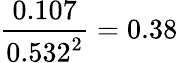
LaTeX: {\frac{0.107}{0.532^{2}}}=0.38